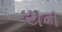
યન